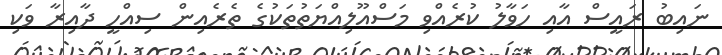
ނައިބު ރައީސް އާއި ހަވާލު ކުރެއްވި މަސްއޫލިއްޔަތުތަކުގެ ތެރެއިން ސިއްހީ ދާއިރާ ވަކި